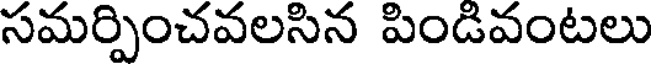
సమర్పించవలసిన పిండివంటలు